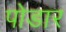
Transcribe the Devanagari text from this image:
पोडार